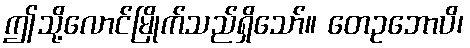
ဤသို့လောင်မြိုက်သည်ရှိသော်။ တေဥဘောပိ၊